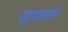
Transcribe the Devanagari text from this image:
खुजावते